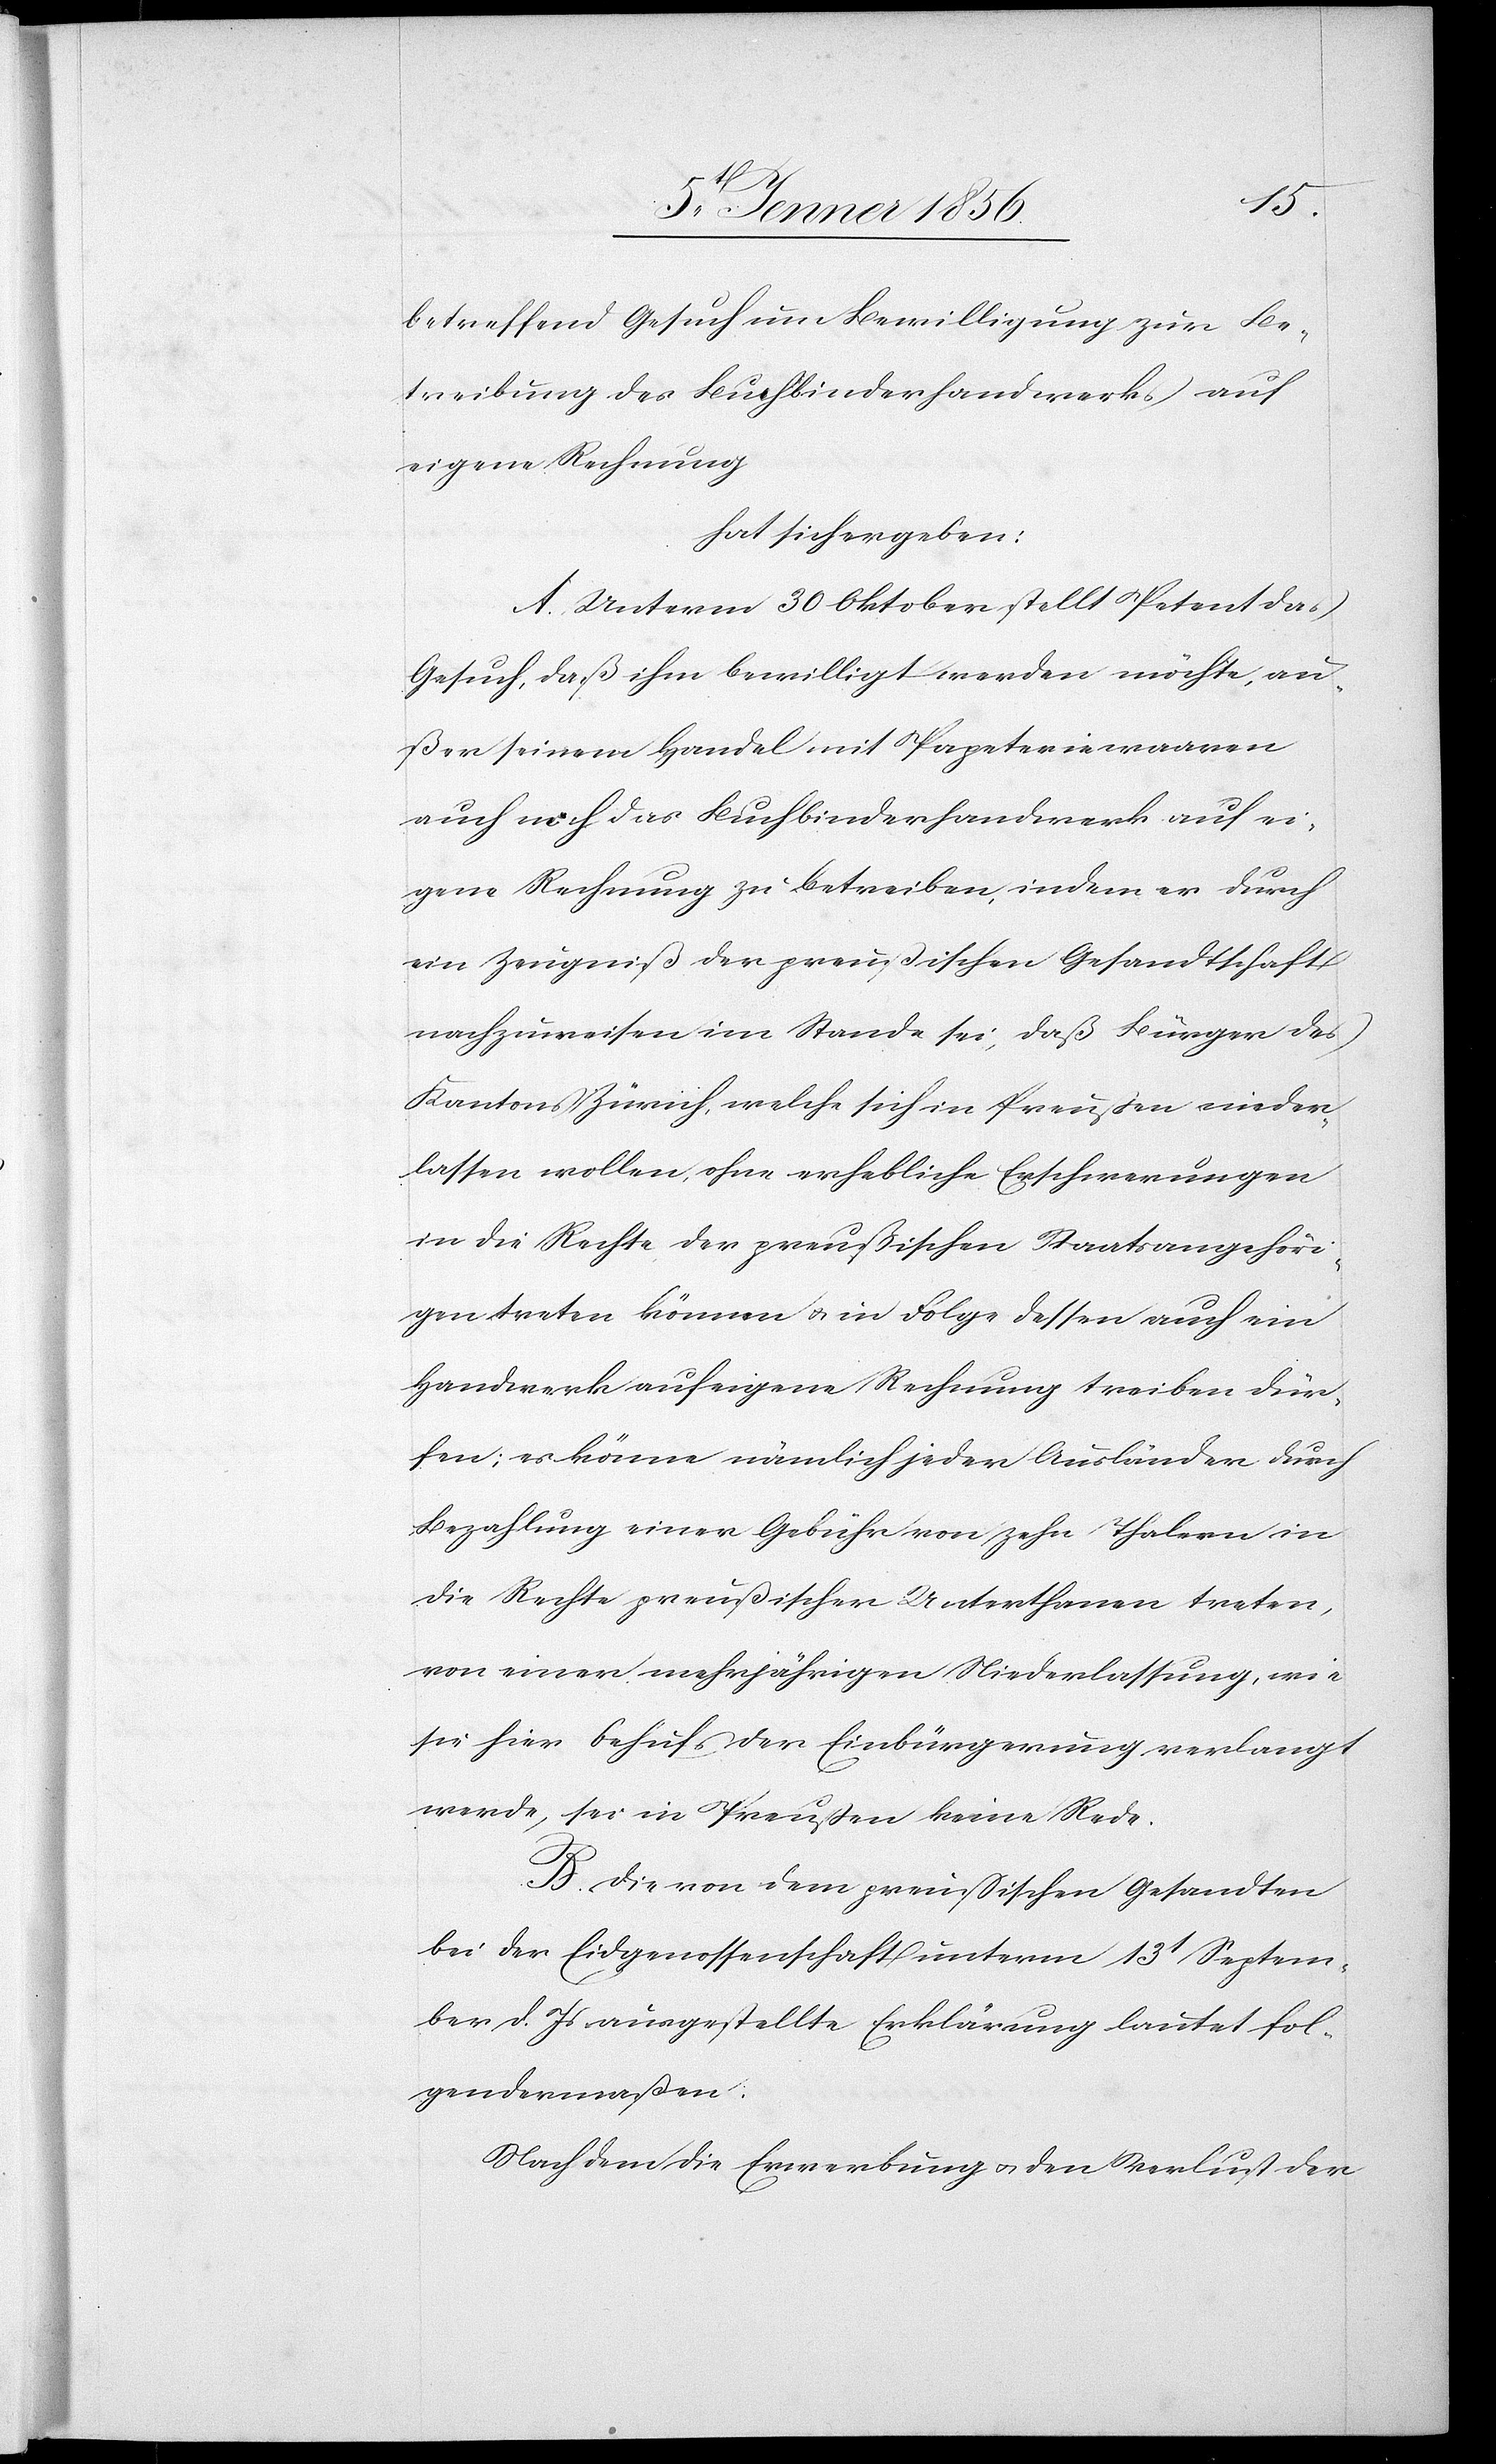
betreffend Gesuch um Bewilligung zur Be¬
treibung des Buchbinderhandwerks auf
eigene Rechnung
hat sich ergeben:
A. Unterm 30 Oktober stellt Petent das
Gesuch, daß ihm bewilligt werden möchte, au¬
ßer seinem Handel mit Papeteriewaaren
auch noch das Buchbinderhandwerk auf ei¬
gene Rechnung zu betreiben, indem er durch
ein Zeugniß der preußischen Gesandtschaft
nachzuweisen im Stande sei, daß Bürger des
Kantons Zürich, welche sich in Preußen nieder¬
lassen wollen, ohne erhebliche Erschwerungen
in die Rechte der preußischen Staatsangehöri¬
gen treten können u. in Folge dessen auch ein
Handwerk auf eigene Rechnung treiben dür¬
fen; es könne nämlich jeder Ausländer durch
Bezahlung einer Gebühr von zehn Thalern in
die Rechte preußischer Unterthanen treten,
von einer mehrjährigen Niederlassung, wie
sie hier behufs der Einbürgerung verlangt
werde, sei in Preußen keine Rede.
B. Die von dem preußischen Gesandten
bei der Eidgenossenschaft unterm 13t Septem¬
ber d. Js ausgestellte Erklärung lautet fol¬
gendermaßen:
Nach dem die Erwerbung u. den Verlust der